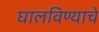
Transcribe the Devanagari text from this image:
घालविण्याचे